Civil Veterinary Department. United Provinces 1932-42 - 1932-1942
Year: 1932
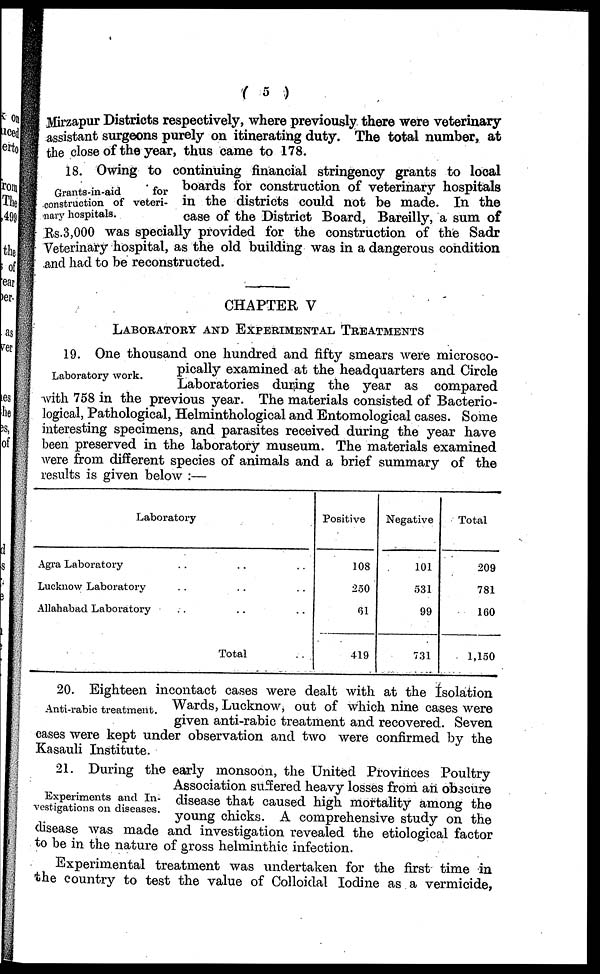
(5)
Mirzapur Districts respectively, where previously there were veterinary
assistant surgeons purely on itinerating duty. The total number, at
the close of the year, thus came to 178.
Grants-in-aid
for
construction of veteri-
nary hospitals.
18. Owing to continuing financial stringency grants to local
boards for construction of veterinary hospitals
in the districts could not be made. In the
case of the District Board, Bareilly, a sum of
Rs.3,000 was specially provided for the construction of the Sadr
Veterinary hospital, as the old building was in a dangerous condition
and had to be reconstructed.
CHAPTER V
LABORATORY AND EXPERIMENTAL TREATMENTS
Laboratory work.
19. One thousand one hundred and fifty smears were microsco-
pically examined at the headquarters and Circle
Laboratories during the year as compared
with 758 in the previous year. The materials consisted of Bacterio-
logical, Pathological, Helminthological and Entomological cases. Some
interesting specimens, and parasites received during the year have
been preserved in the laboratory museum. The materials examined
were from different species of animals and a brief summary of the
results is given below :—
Laboratory
Agra Laboratory .. .. ..
Lucknow Laboratory .. .. ..
Allahabad Laboratory .. .. ..
Total ..
Positive
108
250
61
419
Negative
101
331
99
731
Total
209
781
160
1,150
Anti-rabic treatment.
20. Eighteen incontact cases were dealt with at the fsolation
Wards, Lucknow, out of which nine cases were
given anti-rabic treatment and recovered. Seven
cases were kept under observation and two were confirmed by the
Kasauli Institute.
Experiments and In-
vestigations on diseases.
21. During the early monsoon, the United Provinces Poultry
Association suffered heavy losses from an obscure
disease that caused high mortality among the
young chicks. A comprehensive study on the
disease was made and investigation revealed the etiological factor
to be in the nature of gross helminthic infection.
Experimental treatment was undertaken for the first time in
the country to test the value of Colloidal Iodine as a vermicide,